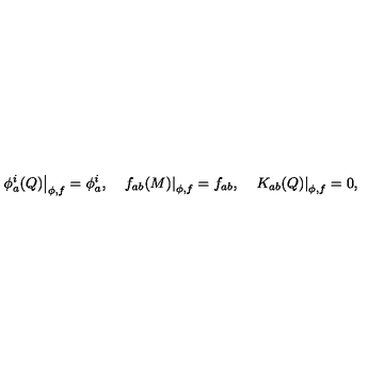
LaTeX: \left. \phi _ { a } ^ { i } ( Q ) \right| _ { \phi , f } = \phi _ { a } ^ { i } , \quad \left. f _ { a b } ( M ) \right| _ { \phi , f } = f _ { a b } , \left. \quad K _ { a b } ( Q ) \right| _ { \phi , f } = 0 ,